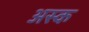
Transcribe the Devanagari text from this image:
अस्क